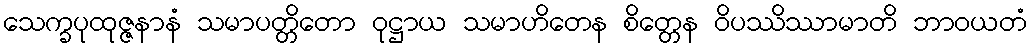
သေက္ခပုထုဇ္ဇနာနံ သမာပတ္တိတော ဝုဋ္ဌာယ သမာဟိတေန စိတ္တေန ဝိပဿိဿာမာတိ ဘာဝယတံ